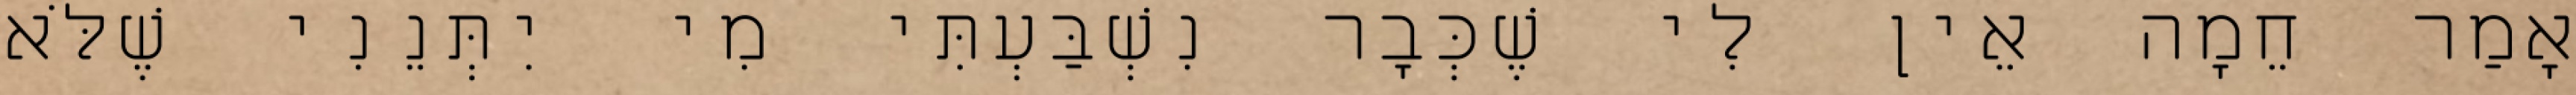
אָמַר חֵמָה אֵין לִי שֶׁכְּבָר נִשְׁבַּעְתִּי מִי יִתְּנֵנִי שֶׁלֹּא